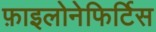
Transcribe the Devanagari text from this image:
फ़ाइलोनेफिर्टिस